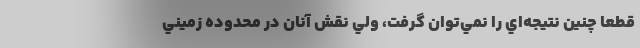
قطعا چنين نتيجه‌اي را نمي‌توان گرفت، ولي نقش آنان در محدوده زميني